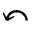
\curvearrowleft